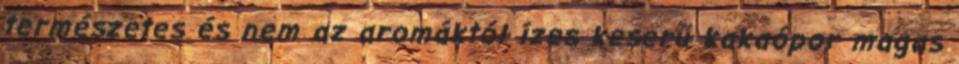
természetes és nem az aromáktól ízes keserű kakaópor magas